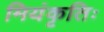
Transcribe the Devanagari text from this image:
मियंकृतिः